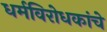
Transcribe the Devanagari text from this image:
धर्मविरोधकांचे